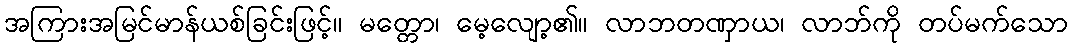
အကြားအမြင်မာန်ယစ်ခြင်းဖြင့်။ မတ္တော၊ မေ့လျော့၏။ လာဘတဏှာယ၊ လာဘ်ကို တပ်မက်သော